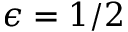
\epsilon = 1 / 2